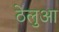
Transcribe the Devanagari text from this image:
ठेलुआ